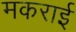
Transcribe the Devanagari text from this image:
मकराई